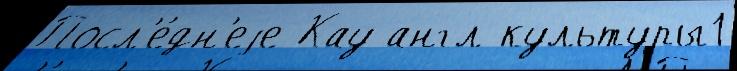
Посл'е́дн'еjе Кау англ культуры1